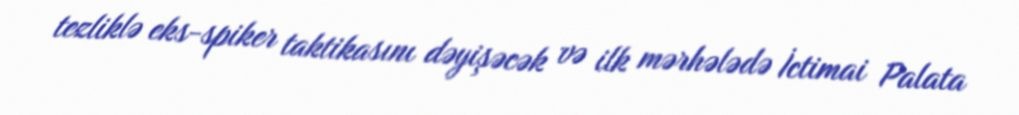
tezliklə eks-spiker taktikasını dəyişəcək və ilk mərhələdə İctimai Palata